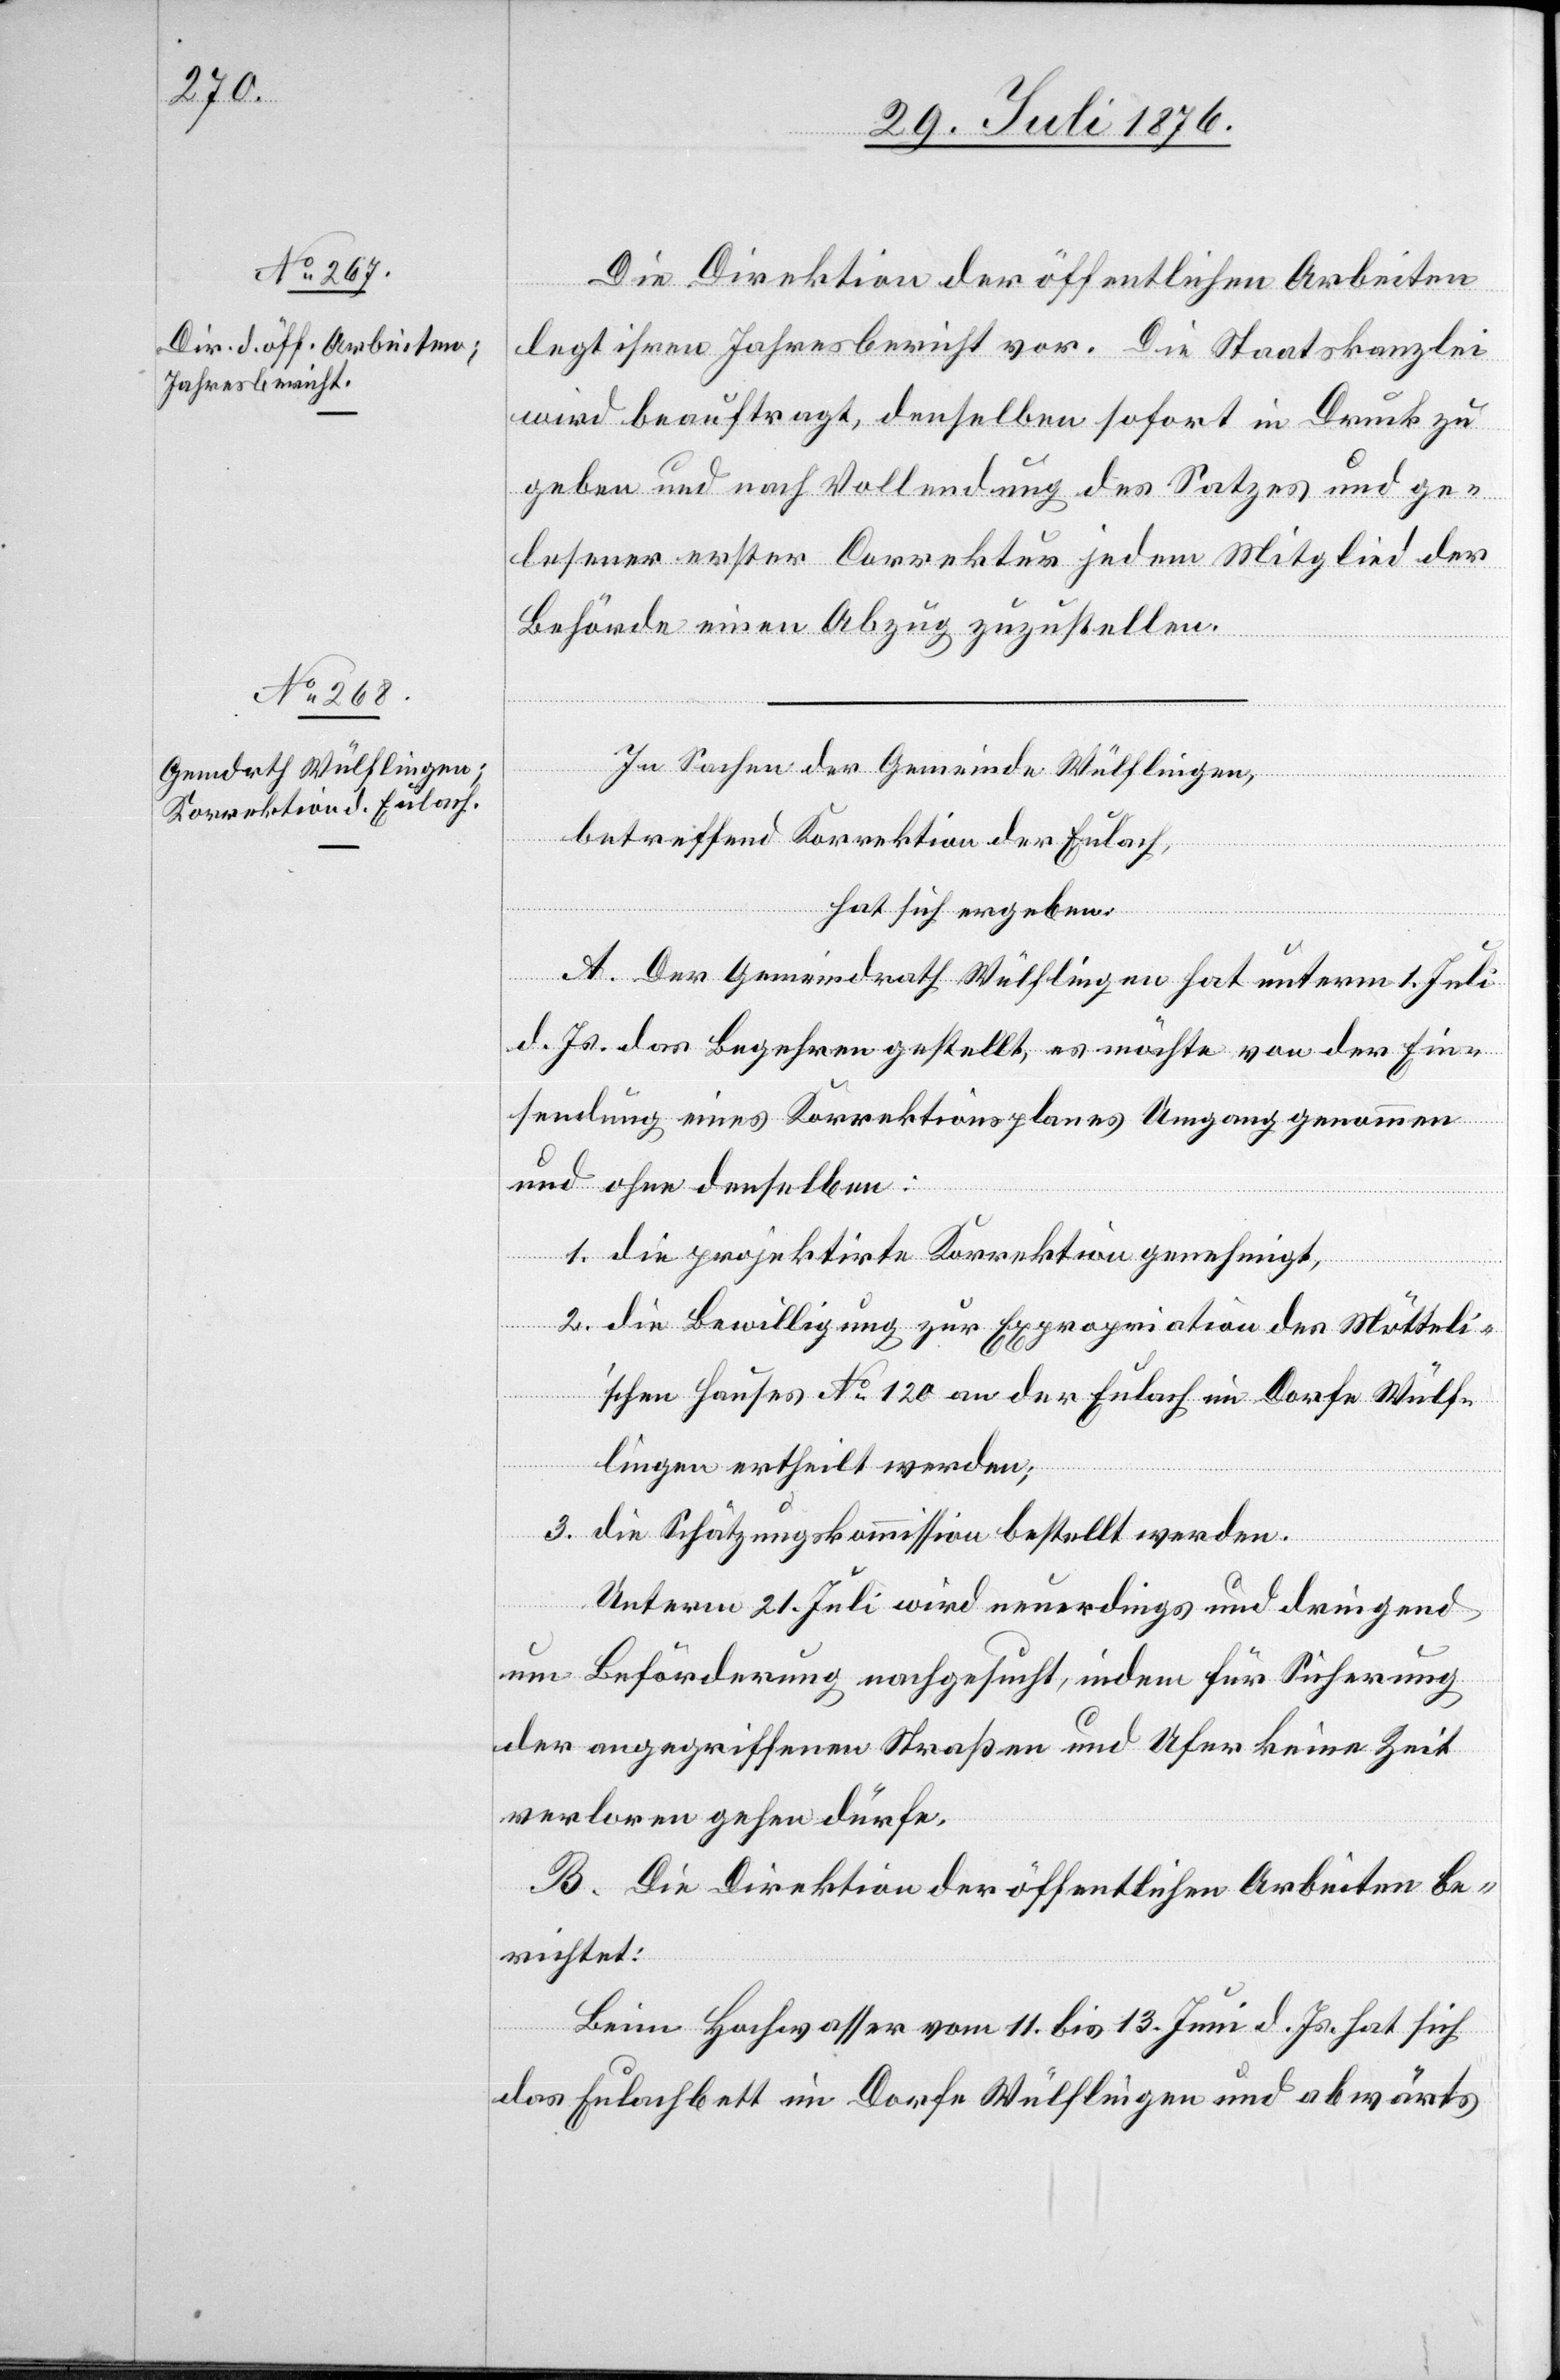
Die Direktion der öffentlichen Arbeiten
legt ihren Jahresbericht vor. Die Staatskanzlei
wird beauftragt, denselben sofort in Druck zu
geben und nach Vollendung des Satzes und ge¬
lesener erster Correktur jedem Mitglied der
Behörde einen Abzug zuzustellen.
In Sachen der Gemeinde Wülflingen,
betreffend Korrektion der Eulach,
hat sich ergeben:
A. Der Gemeindrath Wülflingen hat unterm 1. Juli
d. Js. das Begehren gestellt, es möchte von der Ein¬
sendung eines Korrektionsplanes Umgang genommen
und ohne denselben:
1. die projektirte Korrektion genehmigt,
2. die Bewilligung zur Expropriation des Möttel¬
i’schen Hauses No 120 an der Eulach im Dorfe Wülf¬
lingen ertheilt werden;
3. die Schätzungskommission bestellt werden.
Unterm 21. Juli wird neuerdings und dringend
um Beförderung nachgesucht, indem für Sicherung
der angegriffenen Straßen und Ufer keine Zeit
verloren gehen dürfe.
B. Die Direktion der öffentlichen Arbeiten be¬
richtet:
Beim Hochwasser vom 11. bis 13. Juni d. Js. hat sich
das Eulachbett im Dorfe Wülflingen und abwärts